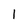
Character: 1